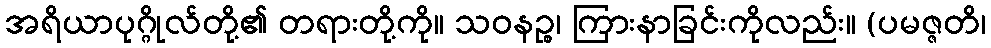
အရိယာပုဂ္ဂိုလ်တို့၏ တရားတို့ကို။ သဝနဉ္စ၊ ကြားနာခြင်းကိုလည်း။ (ပမဇ္ဇတိ၊